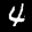
Label: 4